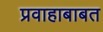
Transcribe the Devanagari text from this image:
प्रवाहाबाबत